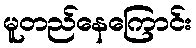
မူတည်နေကြောင်း